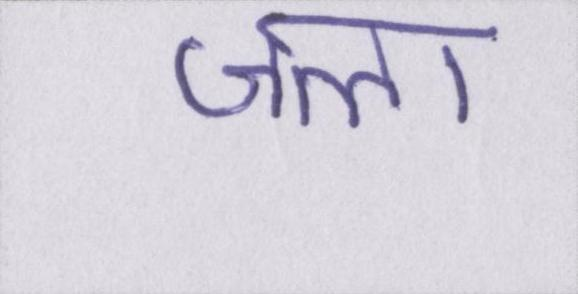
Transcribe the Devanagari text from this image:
जला